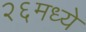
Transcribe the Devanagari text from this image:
२६मध्ये